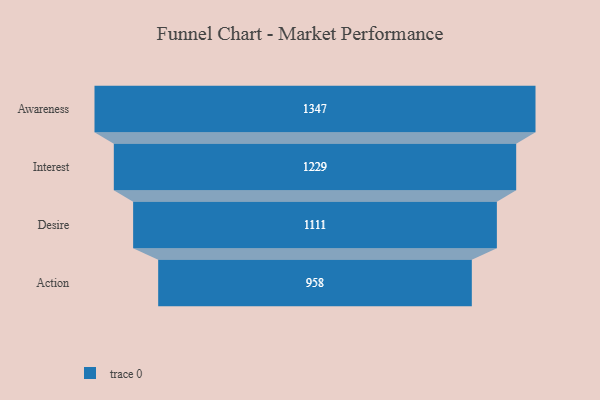
{"axis": {"x": "Stage", "y": "Value"}, "legend": [""], "data": [{"x": "Awareness", "y": 1347.0, "type": ""}, {"x": "Interest", "y": 1229.0, "type": ""}, {"x": "Desire", "y": 1111.0, "type": ""}, {"x": "Action", "y": 958.0, "type": ""}]}